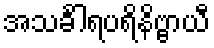
အသင်္ခါရပရိနိဗ္ဗာယီ